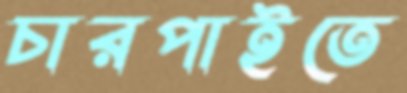
চারপাইতে